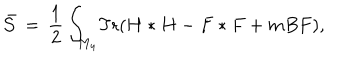
{ \bar { \cal { S } } } \, = \, { \frac { 1 } { 2 } } \, { \int } _ { M _ { 4 } } \mathrm { T r } ( H * H - F * F + m B F ) ,